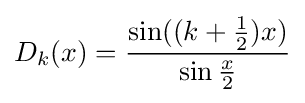
D_{k}(x)={\frac {\sin((k+{\frac {1}{2}})x)}{\sin {\frac {x}{2}}}}